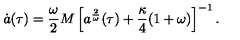
\dot { a } ( { \tau } ) = \frac { \omega } { 2 } M \left[ a ^ { \frac { 2 } { \omega } } ( \tau ) + \frac { \kappa } { 4 } ( 1 + \omega ) \right] ^ { - 1 } .